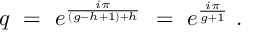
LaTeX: q ~ = ~ e ^ { \frac { i \pi } { ( g - h + 1 ) + h } } ~ = ~ e ^ { \frac { i \pi } { g + 1 } } \ .